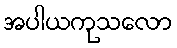
အပါယကုသလော